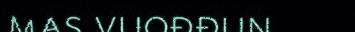
mas vuođđun